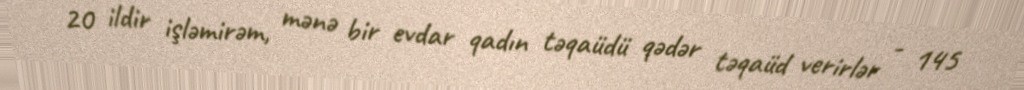
20 ildir işləmirəm, mənə bir evdar qadın təqaüdü qədər təqaüd verirlər - 145